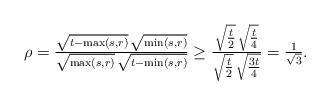
LaTeX: \begin{align*}\rho = \tfrac{\sqrt{t-\max(s,r)}\, \sqrt{\min(s,r)}}{\sqrt{\max(s,r)}\,\sqrt{t-\min(s,r)}} \geq \tfrac{\sqrt{\tfrac{t}{2}}\, \sqrt{\tfrac{t}{4}}}{\sqrt{\tfrac{t}{2}}\,\sqrt{\tfrac{3t}{4}}}=\tfrac{1}{\sqrt 3}.\end{align*}